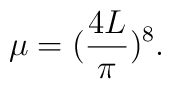
\mu =(\frac{4L}{\pi })^{8}.